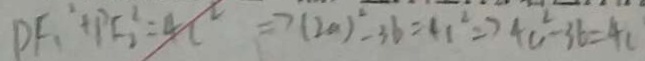
P F _ { 1 } ^ { 2 } + P F _ { 2 } ^ { 2 } = 4 c ^ { 2 } \Rightarrow ( 2 a ) ^ { 2 } - 3 b = 4 1 ^ { 2 } \Rightarrow 4 c ^ { 2 } - 3 6 = 4 c